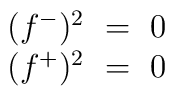
\begin{array}{c} (f^-)^2~=~0\\  (f^+)^2~=~0 \end{array}